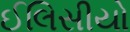
ઈલિસીયો